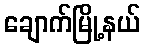
ချောက်မြို့နယ်